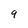
Character: 9